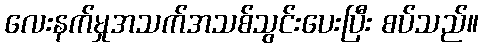
လေးနက်မှုအသက်အသစ်သွင်းပေးပြီး စပ်သည်။